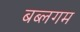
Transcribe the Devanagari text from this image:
बब्लगम